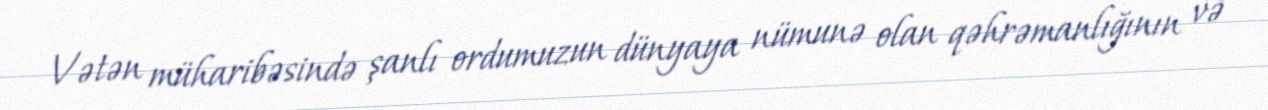
Vətən müharibəsində şanlı ordumuzun dünyaya nümunə olan qəhrəmanlığının və